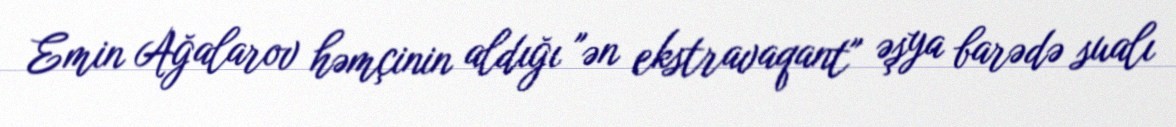
Emin Ağalarov həmçinin aldığı "ən ekstravaqant" əşya barədə sualı